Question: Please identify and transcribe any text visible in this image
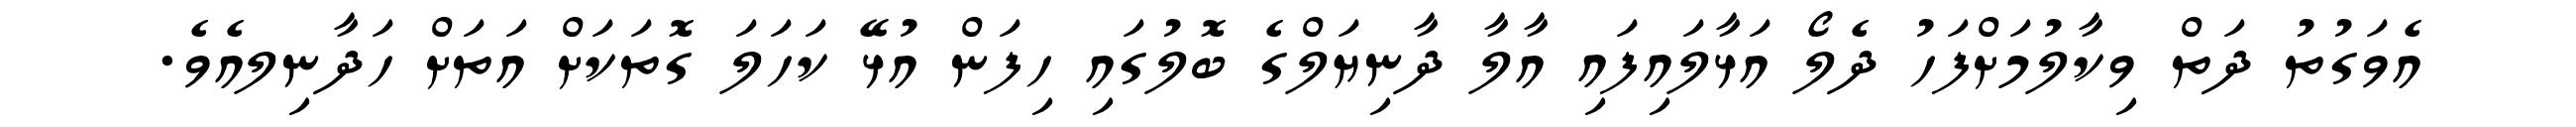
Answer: އެވަގުތު ދަތް ވިކާލުމަށްފަހު ދެލޯ އަޅާލައިފައި އާލާ ދާނިޔަލްގެ ބޮލުގައި ހިފަން އުޅޭ ކަހަލަ ގޮތަކަށް އަތަށް ހަދާނިލއެވެ.